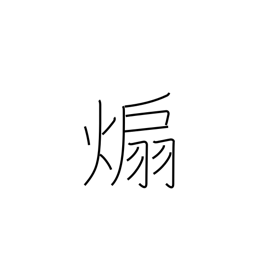
Meaning: instigate